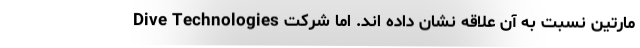
مارتین نسبت به آن علاقه نشان داده اند. اما شرکت Dive Technologies